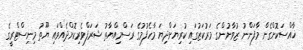
ޚާއްސަކޮށްގެން މާފަންނު ޒުވާނުންގެ މަރުކަޒުގައި ކުރިޔަށްދިޔަ މާހެފުމުގެ ރަސްމިއްޔާތު ޝަރަފްވެރިކޮށްދެއްވައި ޔޫތު މިނިސްޓްރީގެ